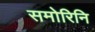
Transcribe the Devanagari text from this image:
समोरिनि